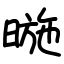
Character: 暆